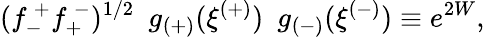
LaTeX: (f_{-}^{~+}f_{+}^{~-})^{1/2}~~g_{(+)}(\xi^{(+)})~~g_{(-)}(\xi^{(-)})\equiv e^{2W},